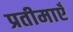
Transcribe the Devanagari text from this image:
प्रतीमाएँ